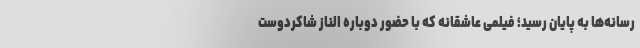
رسانه‌ها به پایان رسید؛ فیلمی عاشقانه که با حضور دوباره الناز شاکردوست